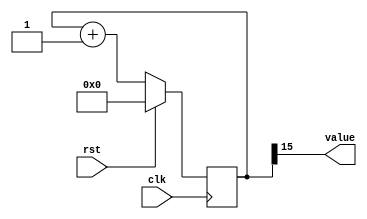
/*
   This file was generated automatically by the Mojo IDE version B1.3.6.
   Do not edit this file directly. Instead edit the original Lucid source.
   This is a temporary file and any changes made to it will be destroyed.
*/

/*
   Parameters:
     SIZE = 1
     DIV = 15
     TOP = 0
     UP = 1
*/
module counter_19 (
    input clk,
    input rst,
    output reg [0:0] value
  );
  
  localparam SIZE = 1'h1;
  localparam DIV = 4'hf;
  localparam TOP = 1'h0;
  localparam UP = 1'h1;
  
  
  reg [15:0] M_ctr_d, M_ctr_q = 1'h0;
  
  localparam MAX_VALUE = 16'h7fff;
  
  always @* begin
    M_ctr_d = M_ctr_q;
    
    value = M_ctr_q[15+0-:1];
    if (1'h1) begin
      M_ctr_d = M_ctr_q + 1'h1;
      if (1'h0 && M_ctr_q == 16'h7fff) begin
        M_ctr_d = 1'h0;
      end
    end else begin
      M_ctr_d = M_ctr_q - 1'h1;
      if (1'h0 && M_ctr_q == 1'h0) begin
        M_ctr_d = 16'h7fff;
      end
    end
  end
  
  always @(posedge clk) begin
    if (rst == 1'b1) begin
      M_ctr_q <= 1'h0;
    end else begin
      M_ctr_q <= M_ctr_d;
    end
  end
  
endmodule